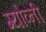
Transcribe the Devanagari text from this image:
ग्योव्नी